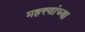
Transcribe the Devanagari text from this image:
महत्त्वांच्या